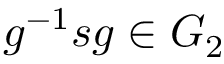
g ^ { - 1 } s g \in G _ { 2 }